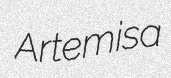
Artemisa